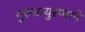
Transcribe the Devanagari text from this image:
गुरुवायुरप्पाने